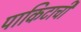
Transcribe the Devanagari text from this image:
पाकिटाची